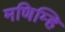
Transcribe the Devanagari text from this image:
मणिम्हि